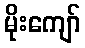
မိုးကျော်